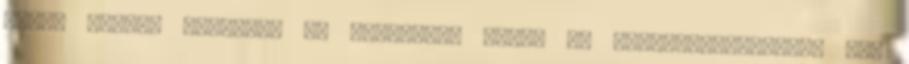
egész alakja megnyúlt és hosszúkás ettől az összepréseléstől, ami